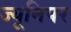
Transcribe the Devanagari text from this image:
ज्यूनिपर